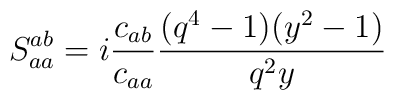
\displaystyle S^{ab}_{aa}=i\frac{c_{ab}}{c_{aa}}\frac{(q^{4}-1)(y^{2}-1)}{q^{2}y}